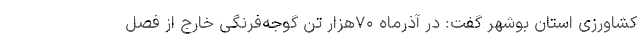
کشاورزی استان بوشهر گفت: در آذرماه ۷۰هزار تن گوجه‌فرنگی خارج از فصل